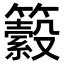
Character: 𥷆